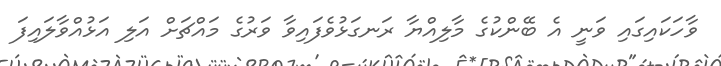
ވާހަކައިގައި ވަނީ އެ ބޭންކުގެ މާލިއްޔާ ރަނގަޅުވެފައިވާ ވަރުގެ މައްޗަށް އަލި އަޅުއްވާލައިފަ